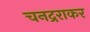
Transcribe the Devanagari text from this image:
चनद्रराकर